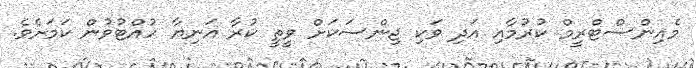
މެއިންސްޓްރީީމް ކުރުމާއި އަދި ވަކި ޖިންސަކަށް ވީތީ ކުރާ އަނިޔާ ހުއްޓުވުން ކަމަށެވެ.